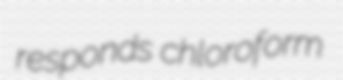
responds chloroform